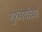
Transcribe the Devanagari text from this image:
गुरुवर्यांच्या